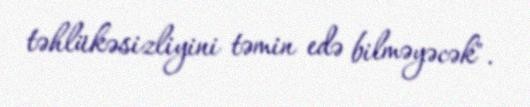
təhlükəsizliyini təmin edə bilməyəcək".